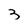
Character: 3